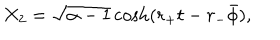
X _ { 2 } = \sqrt { \alpha - 1 } \cosh ( r _ { + } t - r _ { - } \bar { \phi } ) ,